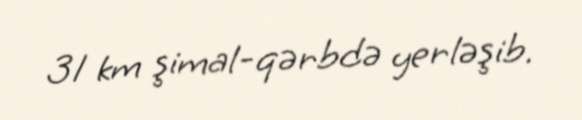
31 km şimal-qərbdə yerləşib.